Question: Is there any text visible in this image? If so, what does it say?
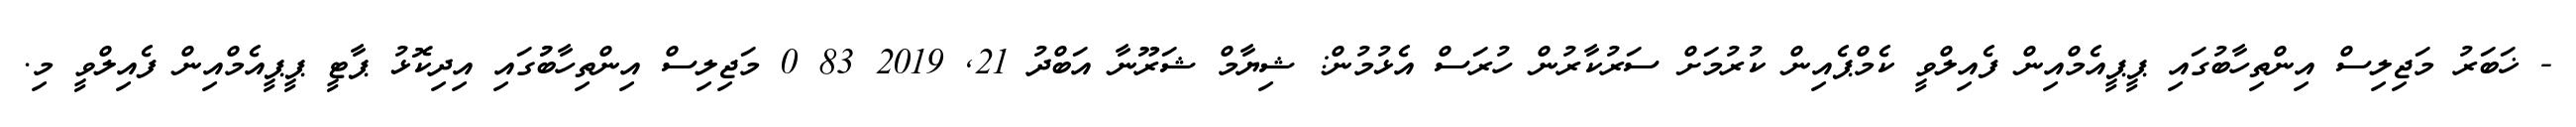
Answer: - ޚަބަރު މަޖިލިސް އިންތިހާބުގައި ޕީޕީއެމްއިން ފެއިލްވީ ކެމްޕެއިން ކުރުމަށް ސަރުކާރުން ހުރަސް އެޅުމުން: ޝިޔާމް ޝަރޫނާ އަބްދު 21, 2019 83 0 މަޖިލިސް އިންތިހާބުުގައި އިދިކޮޅު ޕާޓީ ޕީޕީއެމްއިން ފެއިލްވީ މި.